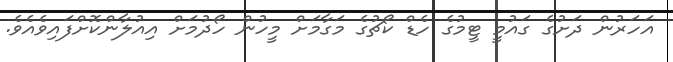
އަހަރުން ދަށުގެ ގައުމީ ޓީމުގެ ހެޑް ކޯޗުގެ މަގާމަށް މީހުން ހޯދުމަށް އިއުލާންކޮށްފައިވެއެވެ.